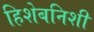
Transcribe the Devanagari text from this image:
हिशेबनिशी